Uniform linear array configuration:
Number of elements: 64
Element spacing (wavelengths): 0.25
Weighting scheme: hamming
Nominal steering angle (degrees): -30
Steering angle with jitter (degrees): -29.004
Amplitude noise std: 0.05
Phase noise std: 0.05

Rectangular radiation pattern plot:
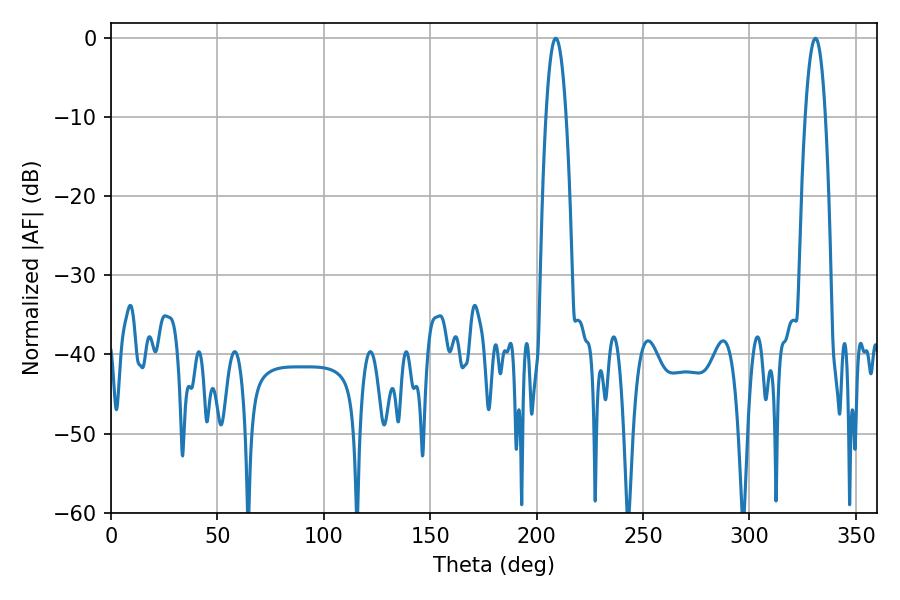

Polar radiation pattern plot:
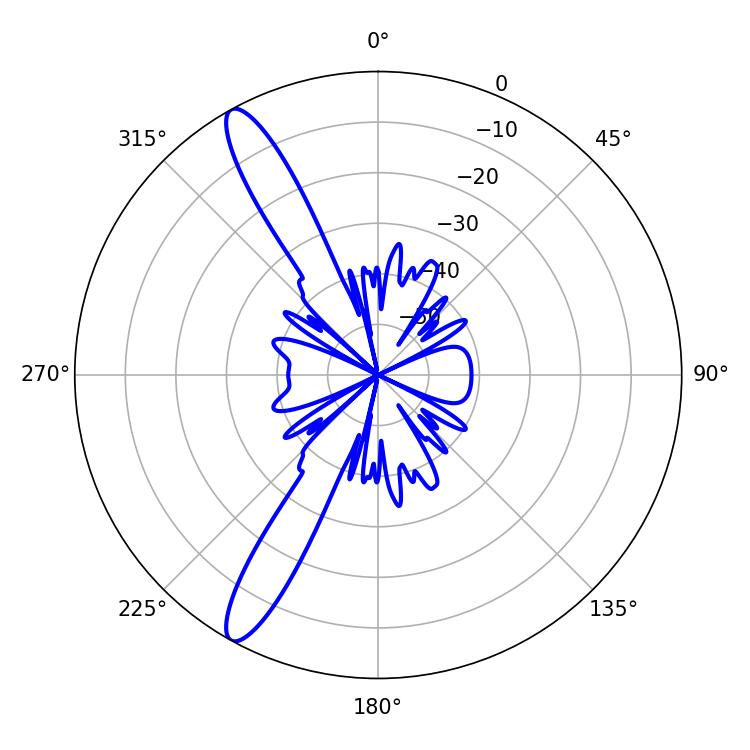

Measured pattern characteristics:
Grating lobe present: FALSE
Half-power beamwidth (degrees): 5.22
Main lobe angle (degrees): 208.98